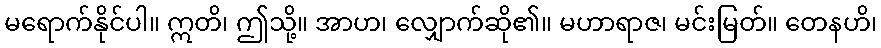
မရောက်နိုင်ပါ။ ဣတိ၊ ဤသို့။ အာဟ၊ လျှောက်ဆို၏။ မဟာရာဇ၊ မင်းမြတ်။ တေနဟိ၊